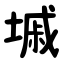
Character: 墄